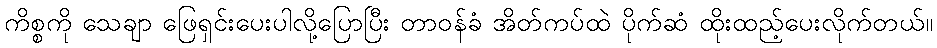
ကိစ္စကို သေချာ ဖြေရှင်းပေးပါလို့ပြောပြီး တာဝန်ခံ အိတ်ကပ်ထဲ ပိုက်ဆံ ထိုးထည့်ပေးလိုက်တယ်။